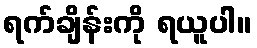
ရက်ချိန်းကို ရယူပါ။